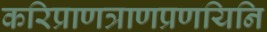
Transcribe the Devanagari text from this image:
करिप्राणत्राणप्रणयिनि